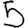
Digit: 5